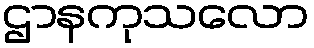
ဌာနကုသလော